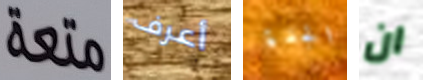
متعة أعرف الجدة ان